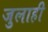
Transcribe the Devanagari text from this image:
जुलाही